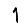
Digit: 1